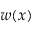
w ( x )